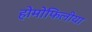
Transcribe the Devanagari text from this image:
होमोफिलीया